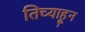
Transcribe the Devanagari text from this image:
तिच्याहून